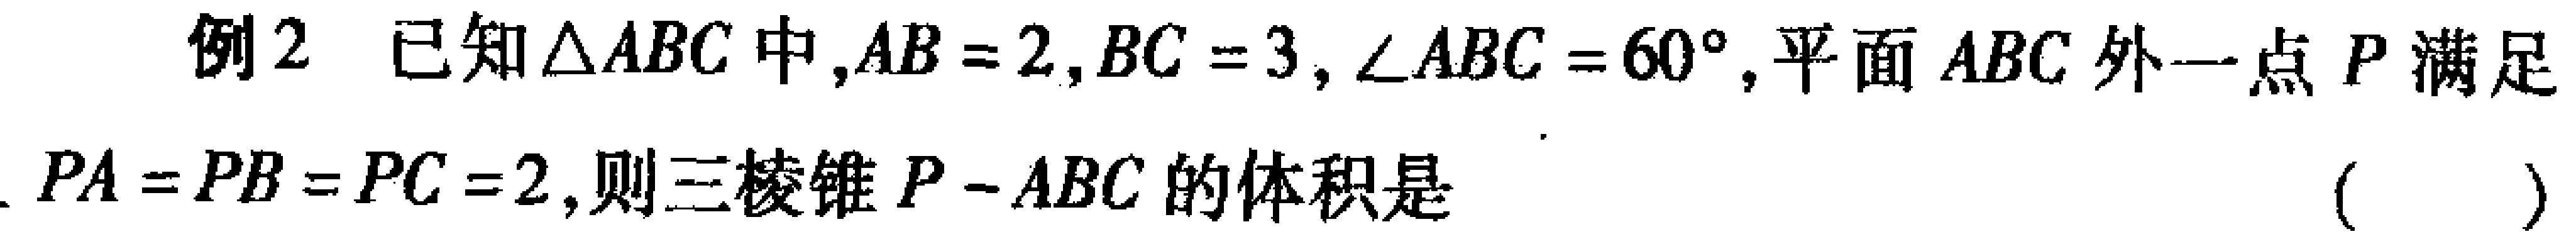
例2 已知$\triangle ABC$中,$AB = 2,BC = 3,\angle ABC = 60^{\circ}$,平面$ABC$外一点$P$满足
$PA = PB = PC = 2$,则三棱锥$P - ABC$的体积是 （  ）